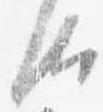
汰